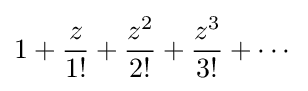
1+{\frac {z}{1!}}+{\frac {z^{2}}{2!}}+{\frac {z^{3}}{3!}}+\cdots